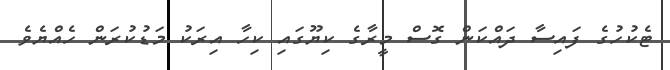
ޓެކުހުގެ ފައިސާ ދައްކަން ގޮސް މީރާގެ ކިޔޫގައި ކިހާ އިރަކު މަޑުކުރަން ހެއްޔެވެ